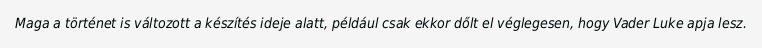
Maga a történet is változott a készítés ideje alatt, például csak ekkor dőlt el véglegesen, hogy Vader Luke apja lesz.